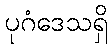
ပုဂံဒေသရှိ